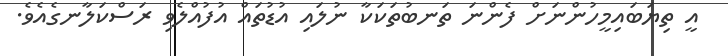
އީ ތިޔަބައިމީހުންނަށް ފެންނަ ތަނބުތަކަކާ ނުލައި އުޑުތައް އުފުއްލެވި ރަސްކަލާނގެއެވެ.